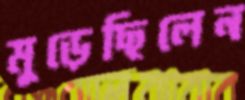
মুড়েছিলেন